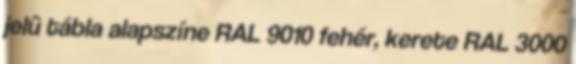
jelû tábla alapszíne RAL 9010 fehér, kerete RAL 3000